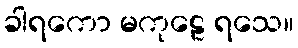
ခါရကော မကုဠေ ရသေ။